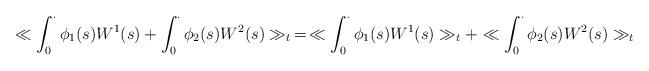
LaTeX: \begin{align*}\begin{aligned}\ll \int_{0}^{\cdot}\phi_1(s) W^1(s) + \int_{0}^{\cdot}\phi_2(s) W^2(s) \gg_t\, = \,\ll \int_{0}^{\cdot}\phi_1(s) W^1(s) \gg_t + \ll \int_{0}^{\cdot}\phi_2(s) W^2(s) \gg_t\end{aligned}\end{align*}